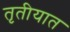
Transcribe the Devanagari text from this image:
तृतीयात